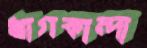
খাগকান্দা